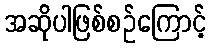
အဆိုပါဖြစ်စဉ်ကြောင့်